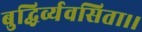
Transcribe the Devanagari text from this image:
बुद्धिर्व्यवसिता।।